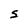
Character: S